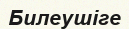
Билеушіге